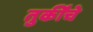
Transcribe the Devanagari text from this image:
तुर्कींचे